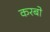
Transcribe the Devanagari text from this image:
करबो